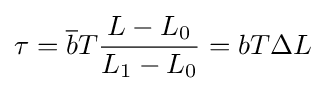
{\begin{aligned}\tau ={\overline {b}}T{\frac {L-L_{0}}{L_{1}-L_{0}}}=bT\Delta L\end{aligned}}